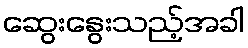
ဆွေးနွေးသည့်အခါ